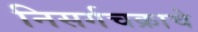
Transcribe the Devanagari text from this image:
निसर्गचक्राचे